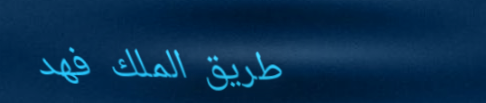
طريق الملك فهد